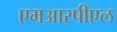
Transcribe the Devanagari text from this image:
एमआरपीएल